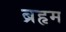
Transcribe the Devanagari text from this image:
ब्रहृम